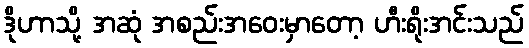
ဒိုဟာသို့ အဆုံ အစည်းအဝေးမှာတော့ ဟီးရိုးအင်းသည်